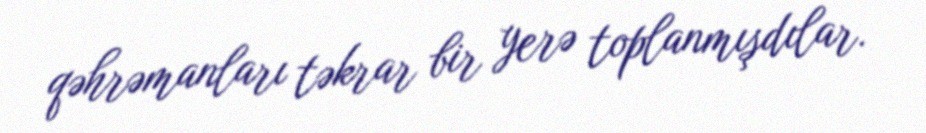
qəhrəmanları təkrar bir yerə toplanmışdılar.